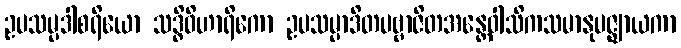
ဥပသမ္ပဒါစရိယော သဒ္ဓိဝိဟာရိကော ဥပသမ္ပာဒိတပဗ္ဗာဇိတအန္တေဝါသိကသမာနုပဇ္ဈာယကာ